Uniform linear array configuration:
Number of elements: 12
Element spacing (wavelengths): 0.25
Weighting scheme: blackman
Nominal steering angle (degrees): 30
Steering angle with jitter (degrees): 31.891
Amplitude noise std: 0.05
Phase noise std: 0.05

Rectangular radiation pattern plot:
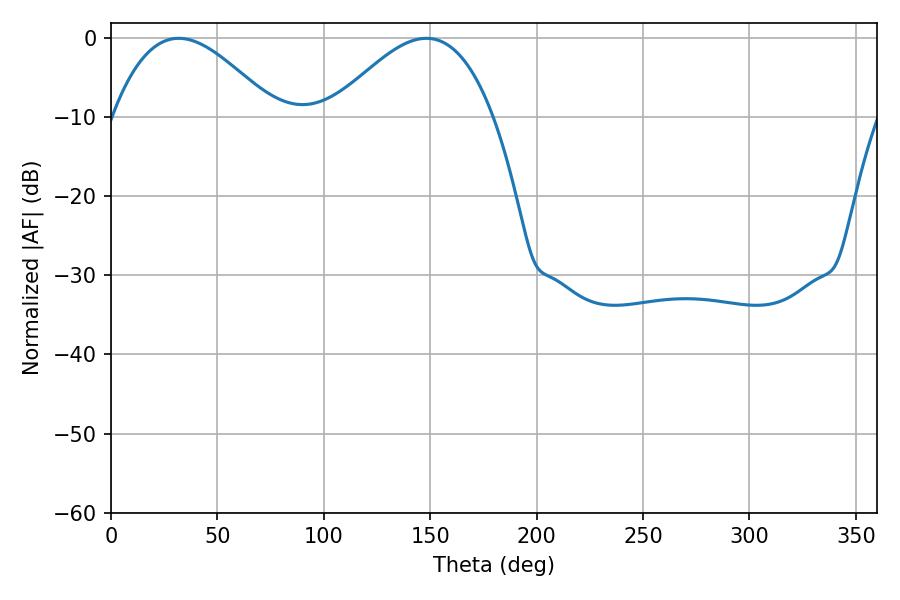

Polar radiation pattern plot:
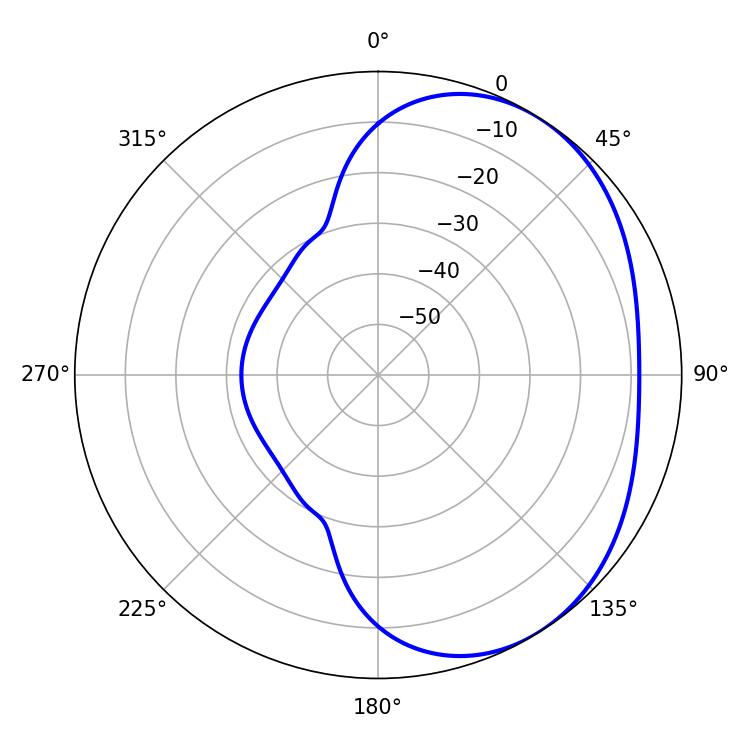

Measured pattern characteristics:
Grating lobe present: FALSE
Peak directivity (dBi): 3.313
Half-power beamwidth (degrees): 41.22
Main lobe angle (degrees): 31.86